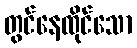
တွင်နေထိုင်သော